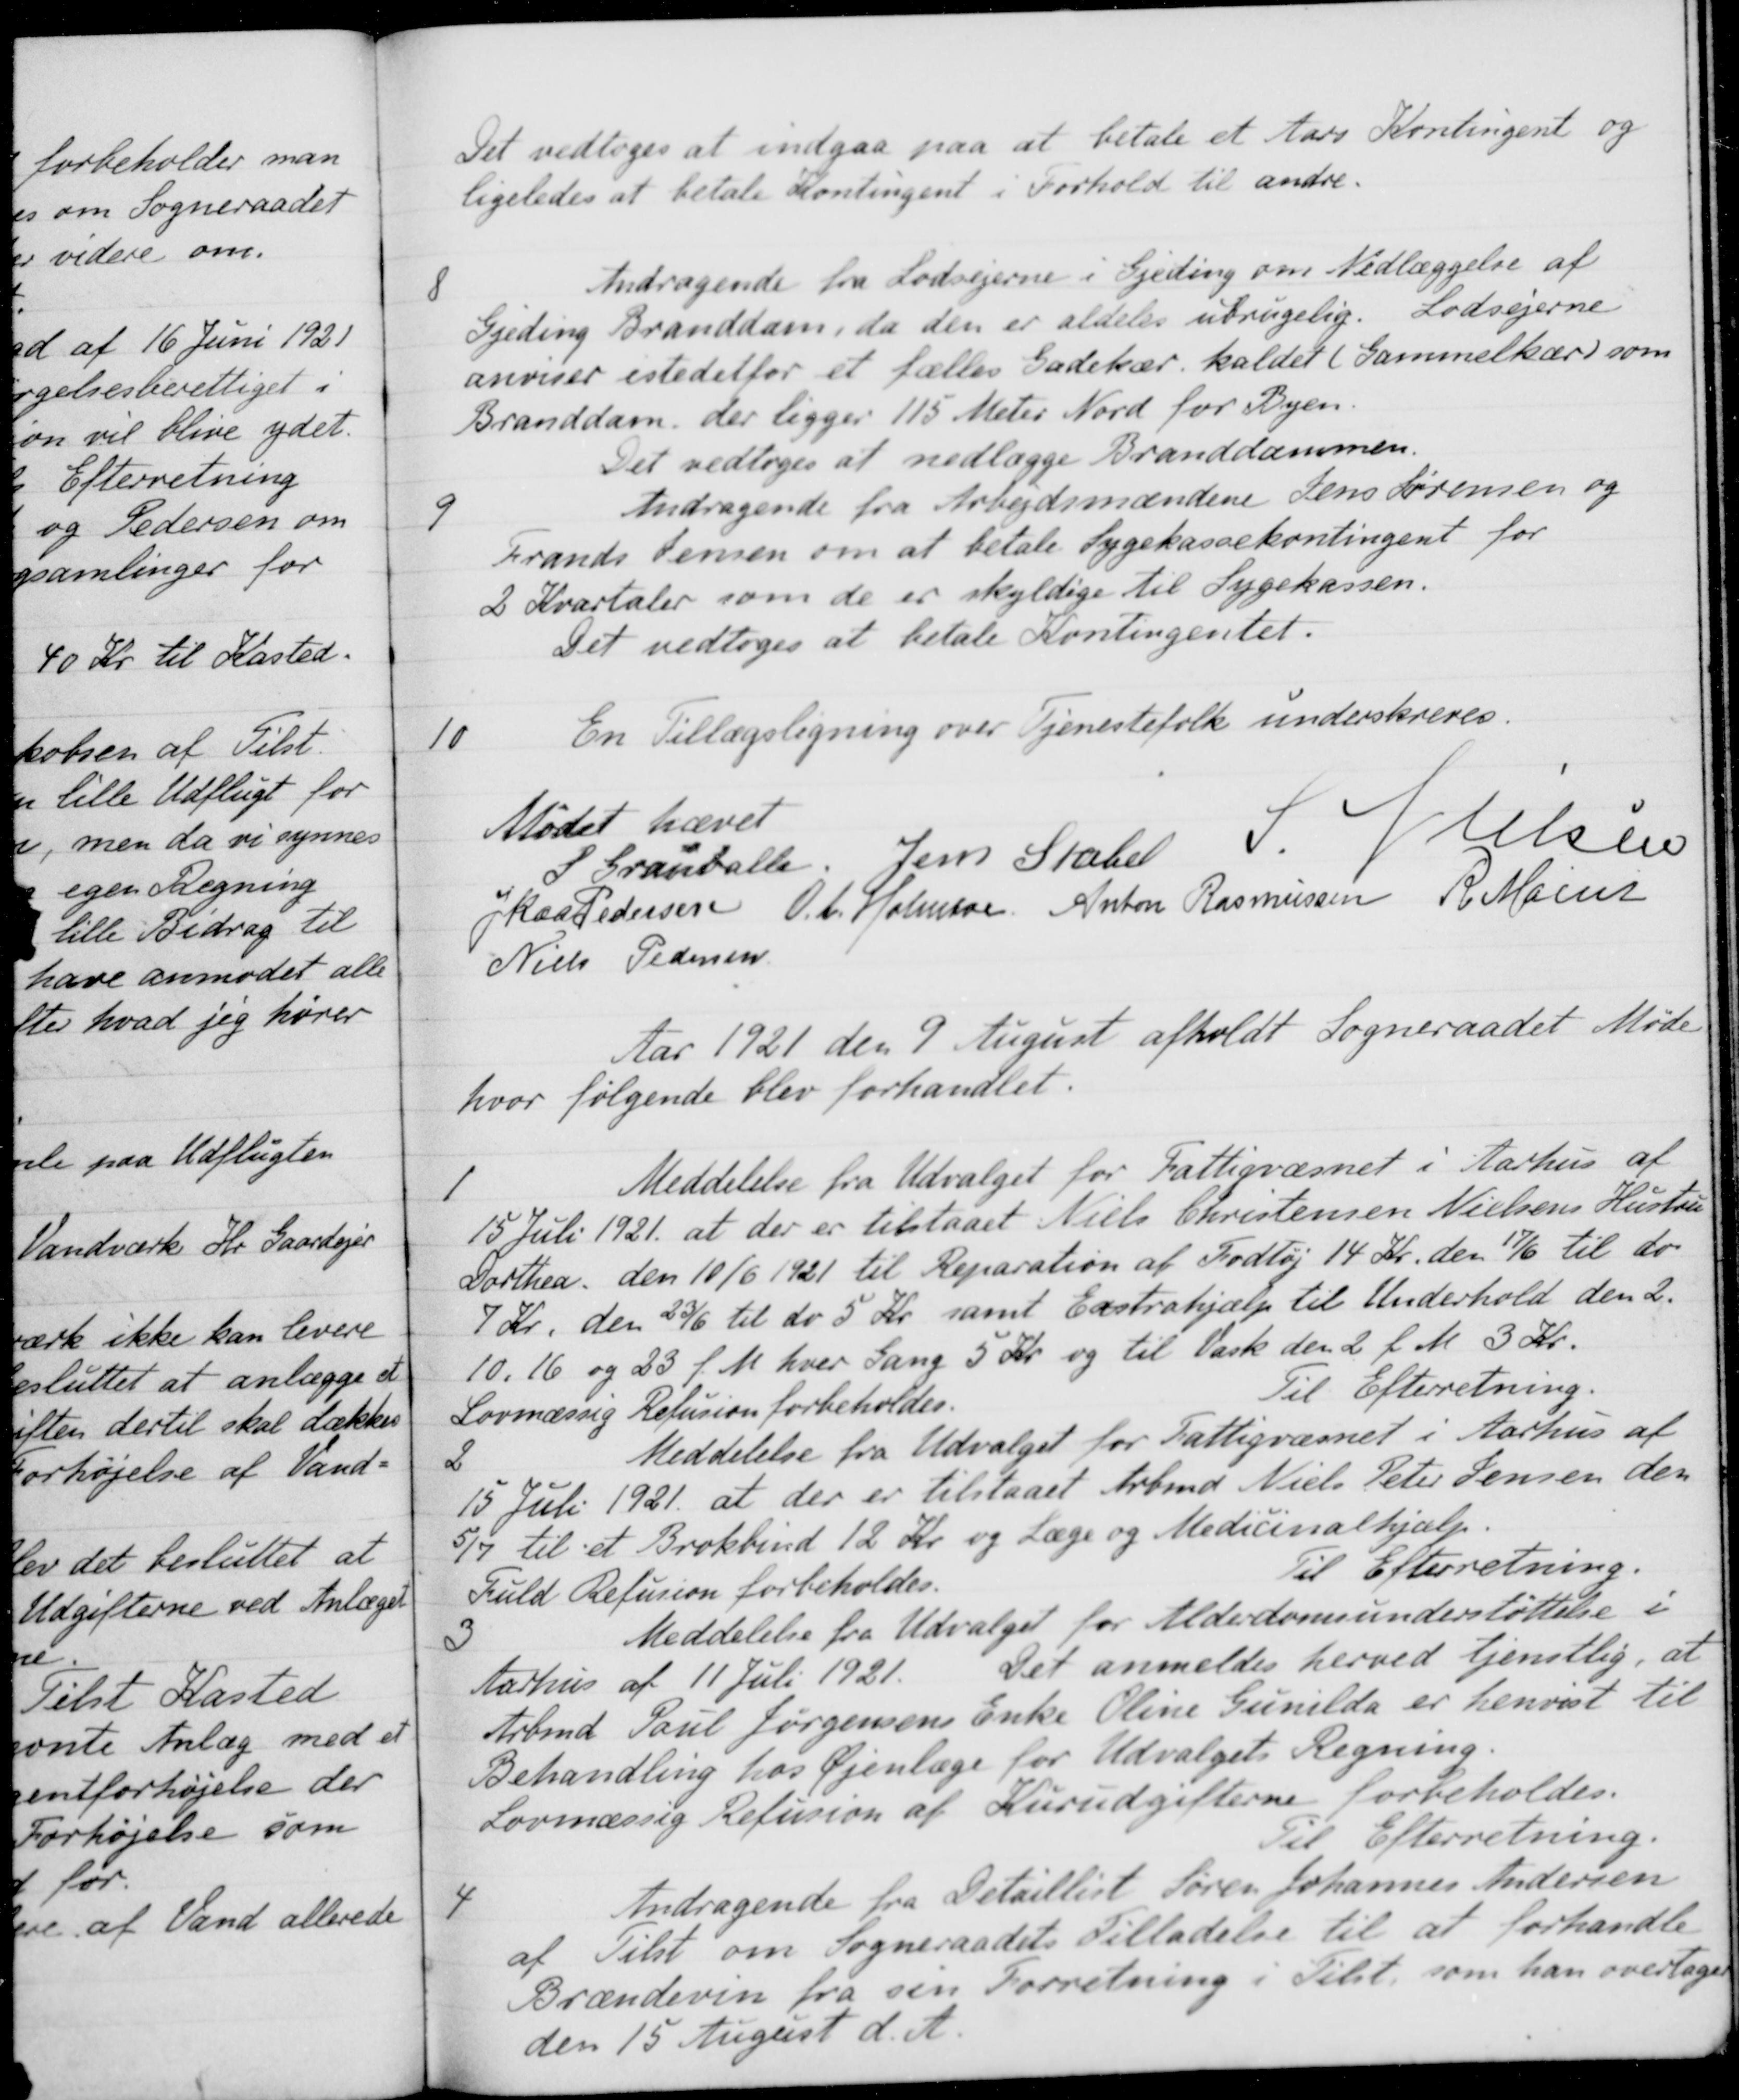
Transskription:
Det vedtoges at indgaa paa at betale et Aars Kontingent og
ligeledes at betale Kontingent i Forhold til andre.
8
Andragende fra Lodsejerne i Gjeding om Nedlæggelse af
Gjeding Branddam, da den er aldeles ubrugelig. Lodsejerne
anviser istedetfor et fælles Gadekær, kaldet (Gammelkær) som
Branddam, der ligger 115 Meter Nord for Byen.
Det vedtoges at nedlægge Branddammen.
9
Andragende fra Arbejdsmændene Jens Sørensen og
Frands Jensen om at betale Sygekassekontingent for
2 Kvartaler som de er skyldige til Sygekassen.
Det vedtoges at betale Kontingentet.
10
En Tillægsligning over Tjenestefolk underskreves.
Mødet hævet
S. Grauballe.
Jens Stabel
S Nielsen
J Kaa Pedersen
O. A. Holmboe
Anton Rasmussen
R Mainz
Niels Pedersen
Aar 1921 den 9 August afholdt Sogneraadet Møde
hvor følgende blev forhandlet.
1
Meddelelse fra Udvalget for Fattigvæsnet i Aarhus af
15 Juli 1921 at der er tilstaaet Niels Christensen Nielsens Hustru
Dorthea den 10/6 1921 til Reparation af Fodtøj 14 Kr. den 17/6 til do
7 Kr. den 23/6 til do 5 Kr. samt Exstrahjælp til Underhold den 2.
10.16 og 23 f. M. hver Gang 5 Kr. og til Vask den 2 f. M. 3 Kr.
Lovmæssig Refusion forbeholdes.
Til Efterretning.
2
Meddelelse fra Udvalget for Fattigvæsnet i Aarhus af
15 Juli 1921 at der er tilstaaet Arbmd Niels Peter Jensen den
5/7 til et Brokbind 12 Kr. og Læge og Medicinalhjælp.
Fuld Refusion forbeholdes.
Til Efterretning.
3
Meddelelse fra Udvalget for Alderdomsunderstøttelse i
Aarhus af 11 Juli 1921. Det anmeldes herved tjenstlig, at
Arbmd. Paul Jørgensens Enke Oline Gunilda er henvist til
Behandling hos Øjenlæge for Udvalgets Regning.
Lovmæssig Refusion af Kurudgifterne forbeholdes.
Til Efterretning.
4
Andragende fra Detaillist Søren Johannes Andersen
af Tilst om Sogneraadets Tilladelse til at forhandle
Brændevin fra sin Forretning i Tilst, som han overtager
den 15 August d. A.